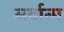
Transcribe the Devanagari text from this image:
सर्वात्म